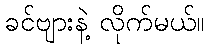
ခင်ဗျားနဲ့ လိုက်မယ်။